Document type: Endowment
Year: 1330
Scribe: Arnau [Delpàs]
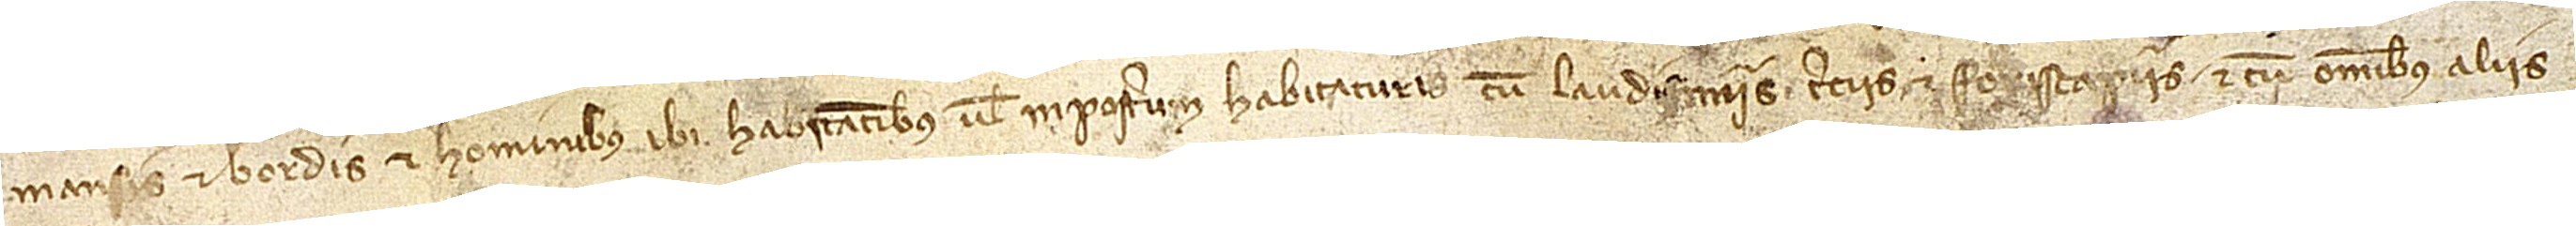
mansis et bordis et hominibus ibi habitantibus vel inposterum habitaturis, cum laudismiis, terciis et foriscapiis, et cum omnibus aliis